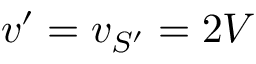
v ^ { \prime } = v _ { S ^ { \prime } } = 2 V